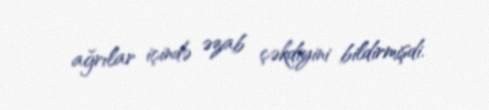
ağrılar içində əzab çəkdiyini bildirmişdi.